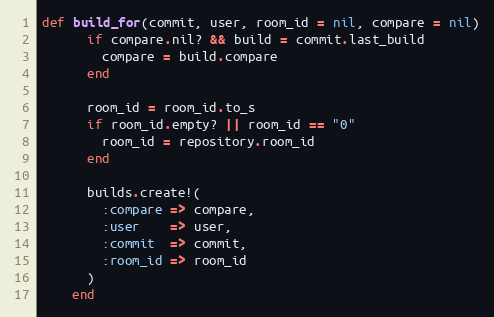
Language: Ruby
def build_for(commit, user, room_id = nil, compare = nil)
      if compare.nil? && build = commit.last_build
        compare = build.compare
      end

      room_id = room_id.to_s
      if room_id.empty? || room_id == "0"
        room_id = repository.room_id
      end

      builds.create!(
        :compare => compare,
        :user    => user,
        :commit  => commit,
        :room_id => room_id
      )
    end